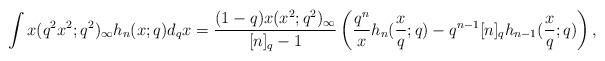
LaTeX: \begin{align*} & \int x (q^2x^2;q^2)_\infty h_n(x;q) d_qx= \frac{(1-q)x(x^2;q^2)_\infty}{[n]_q-1} \left(\frac{q^n}{x}h_n(\frac{x}{q};q)-q^{n-1}[n]_q h_{n-1}(\frac{x}{q};q) \right), \end{align*}